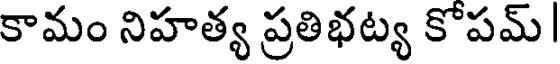
కామం నిహత్య ప్రతిభట్య కోపమ్